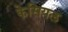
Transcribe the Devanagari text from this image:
केसियल